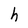
Character: h